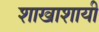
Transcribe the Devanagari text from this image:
शाखाशायी